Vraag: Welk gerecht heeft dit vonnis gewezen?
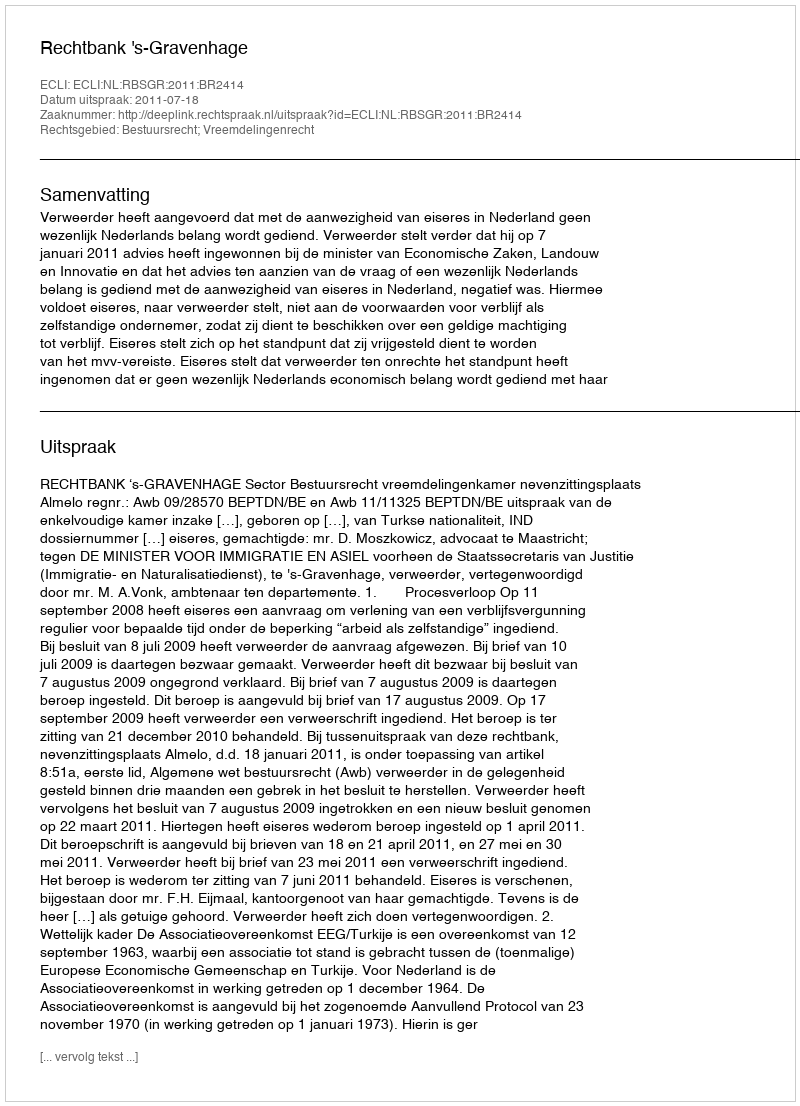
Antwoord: Rechtbank 's-Gravenhage